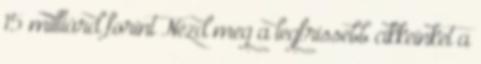
15 milliárd forint Nézd meg a legfrissebb cikkeinket a